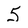
Character: 5